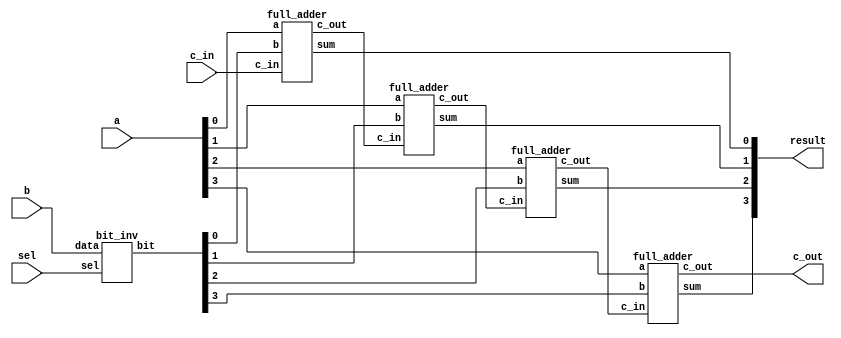
module rcas_4bit(a, b, sel, result, c_in, c_out);
    input [3:0] a,b;
    input sel;
        //sel == 0 adder
        //sel == 1 subtractor
    input c_in;
    output [3:0] result;
    output c_out;

    wire [3:0] b_bit;
    wire [2:0] carry;
    
    //sel 1 == inverting b bits
    //sel 0 == passtrough b bits
    bit_inv leaf_0(
        .sel(sel),
        .data(b),
        .bit(b_bit)
    );

    full_adder unit_0(
        .a(a[0]),
        .b(b_bit[0]),
        .c_in(c_in),
        .sum(result[0]),
        .c_out(carry[0])
    );

    full_adder unit_1(
        .a(a[1]),
        .b(b_bit[1]),
        .c_in(carry[0]),
        .sum(result[1]),
        .c_out(carry[1])
    );

    full_adder unit_2(
        .a(a[2]),
        .b(b_bit[2]),
        .c_in(carry[1]),
        .sum(result[2]),
        .c_out(carry[2])
    );

    full_adder unit_3(
        .a(a[3]),
        .b(b_bit[3]),
        .c_in(carry[2]),
        .sum(result[3]),
        .c_out(c_out)
    );
    
endmodule

module bit_inv(sel, data, bit);
    //sel 1 == inverting b bits
    //sel 0 == passtrough b bits
    input sel;
    input [3:0] data;
    output [3:0] bit;

    wire [3:0] out;

    xor b0(out[0],data[0],sel);
    xor b1(out[1],data[1],sel);
    xor b2(out[2],data[2],sel);
    xor b3(out[3],data[3],sel);

    assign bit = out;
endmodule

module full_adder(a, b, c_in, sum, c_out);
    input a, b, c_in;
    output sum, c_out;
    wire s1;
    wire c1, c2, c3;

    //Carry_OUT
    and carry0 (c1, a, b); //A AND B
    xor carry1 (c2, a, b); 
    and carry2 (c3, c2, c_in); // (A XOR B) AND C_in
    or carry3 (c_out, c1, c3); // (A&B) + (A ^ B)&C_in

    //SUM
    xor sum1 (s1, a, b);
    xor sum2 (sum, s1, c_in);
endmodule